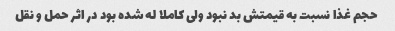
حجم غذا نسبت به قیمتش بد نبود ولی کاملا له شده بود در اثر حمل و نقل